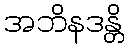
အဘိနဒန္တိ